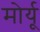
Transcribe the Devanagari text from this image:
मोर्यू